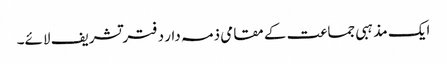
ایک مذہبی جماعت کے مقامی ذمہ دار دفتر تشریف لائے۔